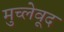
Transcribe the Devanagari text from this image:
मुच्लेवूद